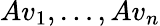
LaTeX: Av_{1},\ldots,Av_{n}